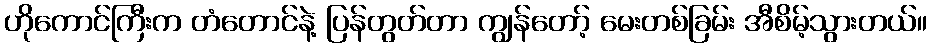
ဟိုကောင်ကြီးက တံတောင်နဲ့ ပြန်တွတ်တာ ကျွန်တော့် မေးတစ်ခြမ်း အီစိမ့်သွားတယ်။